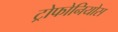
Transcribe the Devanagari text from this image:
ट्रोफोनियोस